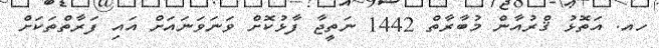
ހއ. އަތޮޅު ޤްރުއާން މުބާރާތް 1442 ނަތީޖާ ފާޅުކޮށް ވަނަވަނައަށް އައި ފަރާތްތަކަށް